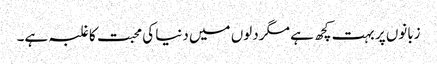
زبانوں پر بہت کچھ ہے مگر دلوں میں دنیا کی محبت کا غلبہ ہے۔